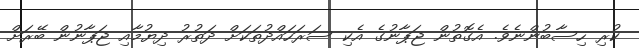
ކުރި ހިސާބުންނެވެ. އެގޮތުން ޖަޕާނުގެ އެކި ސަރަހައްދުތަކަށް ދަތުރު ދިޔުމާއި ޖަޕާނުން ބޭރަށް